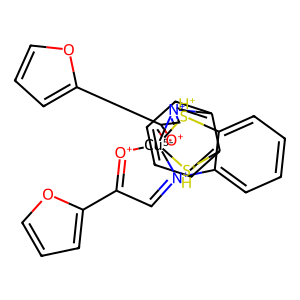
SMILES: C1=[N+]2c3ccccc3[SH+][Cu-5]234([O+]=C1c1ccco1)[O+]=C(c1ccco1)C=[N+]3c1ccccc1[SH+]4
Inhibits HIV replication: No